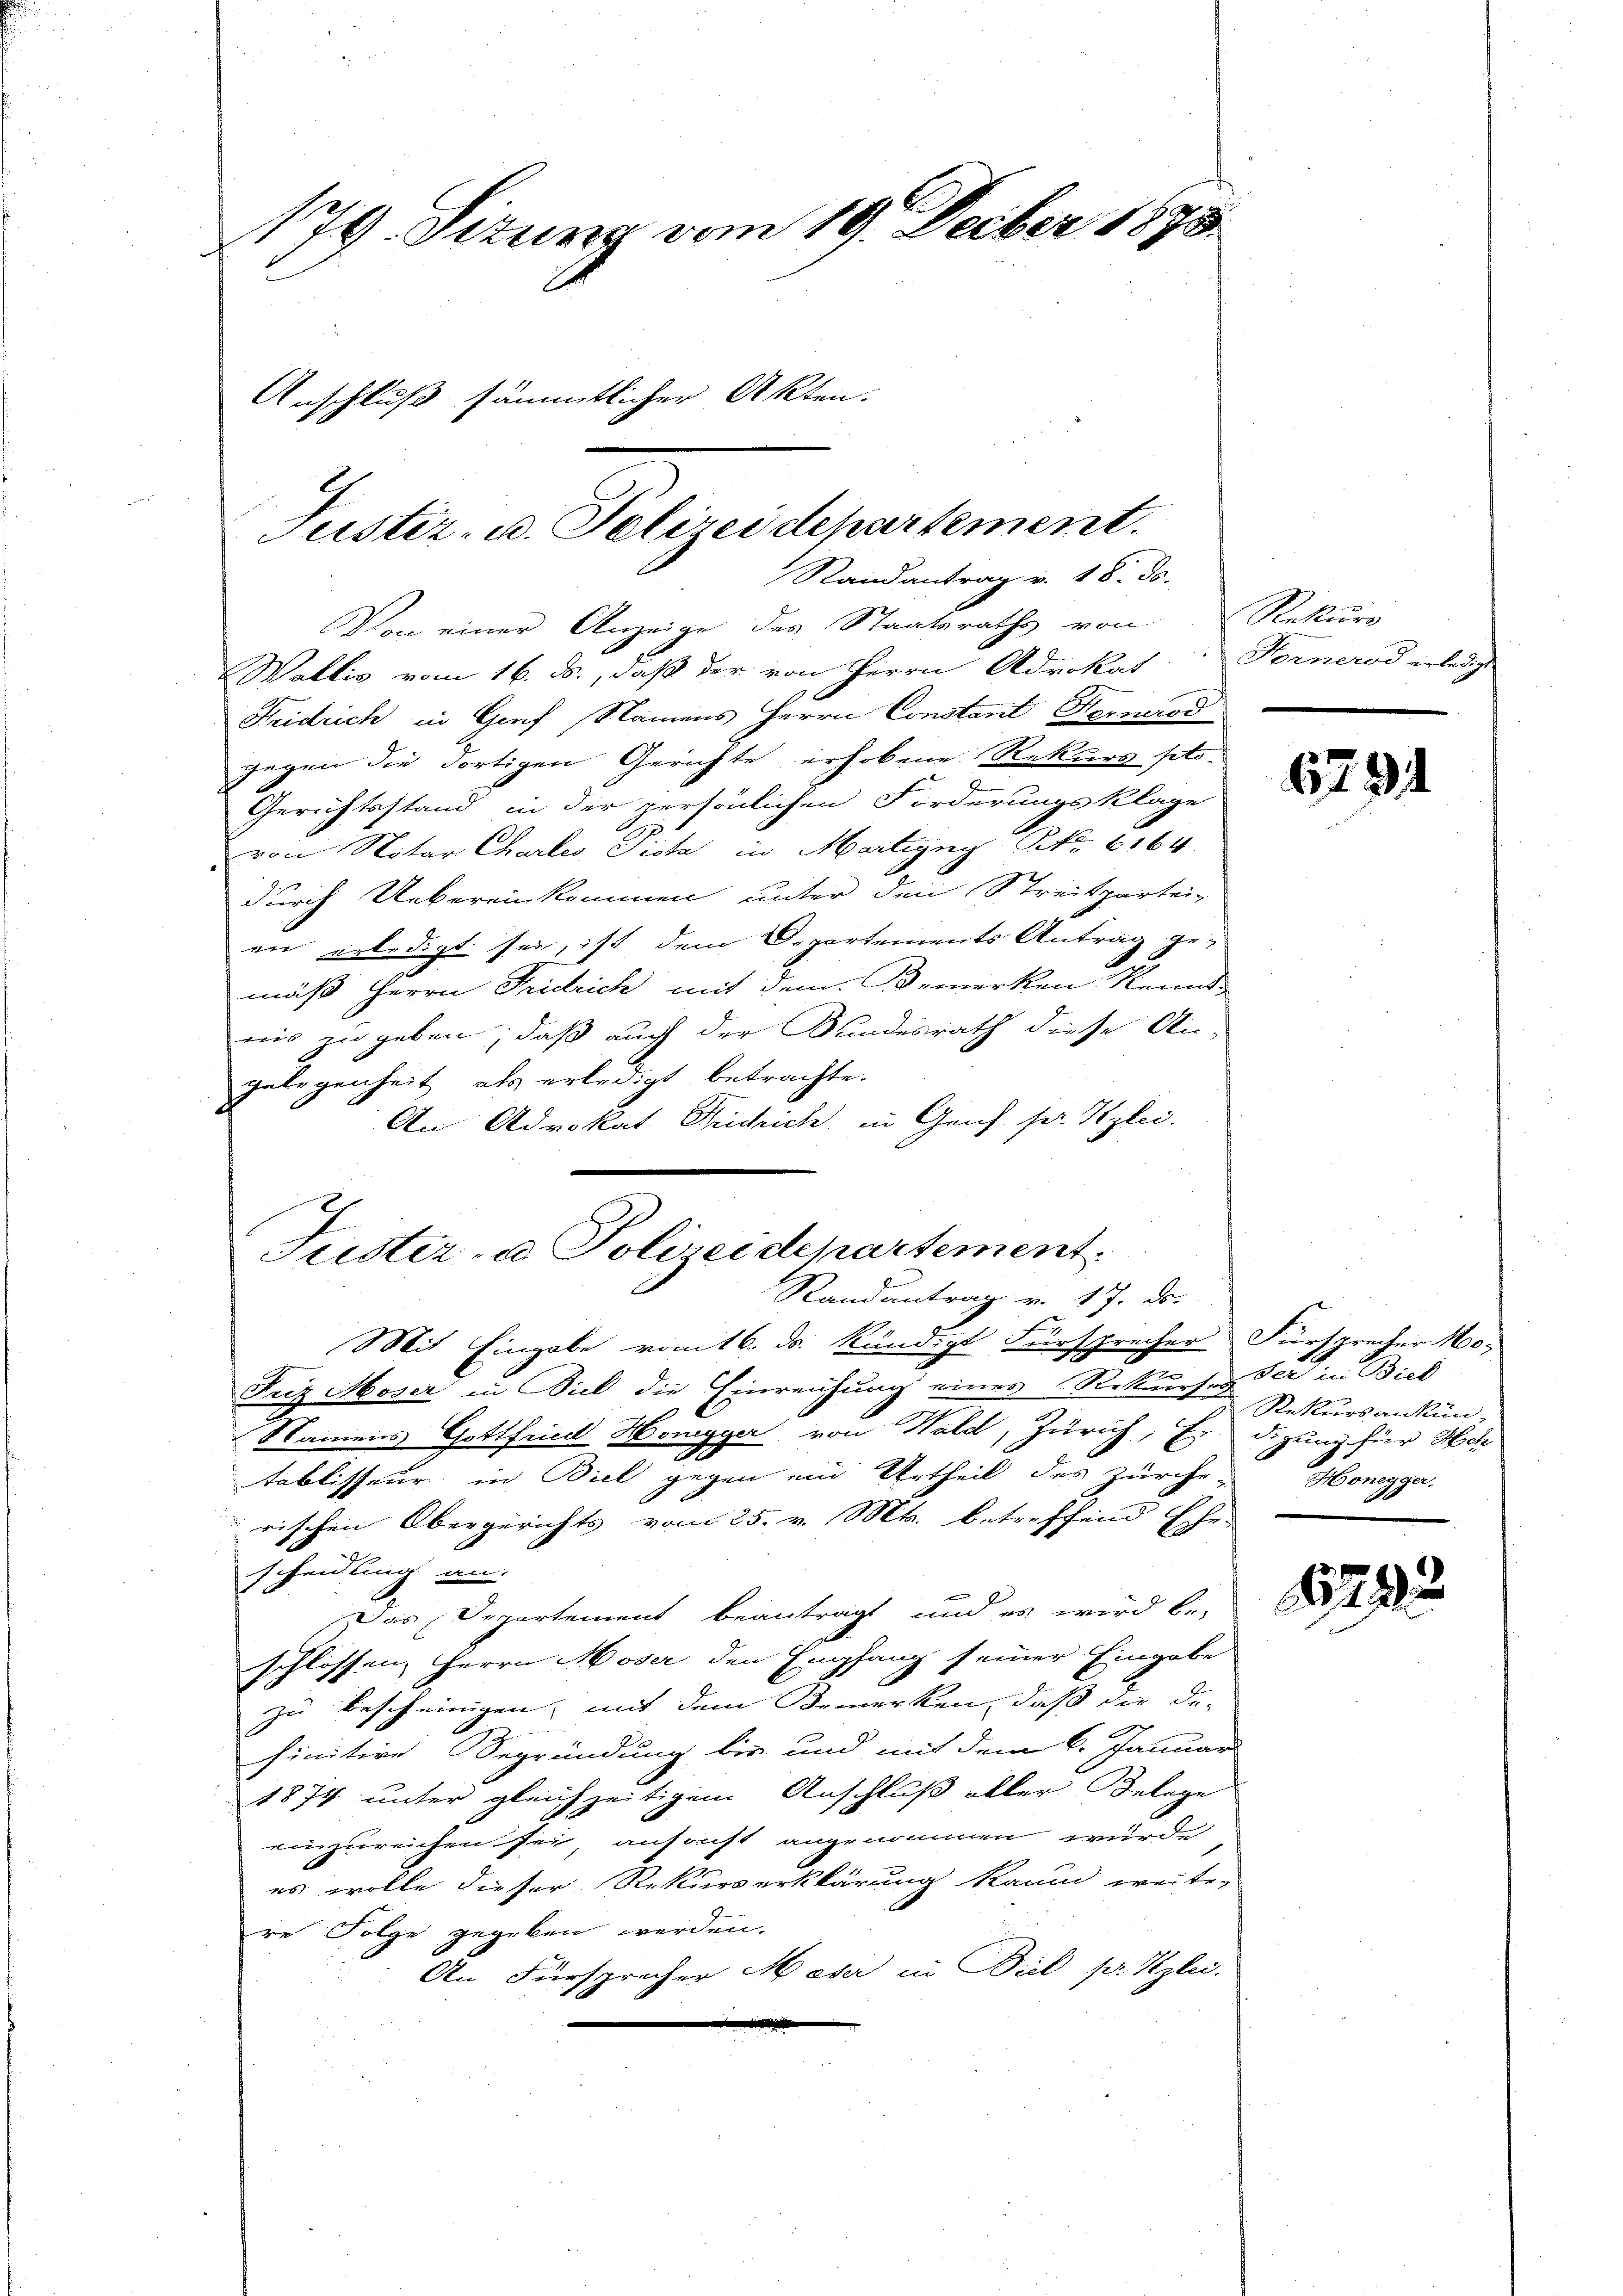
179. Situng vom 19. Decber 1878
Anschluß sämmtlicher Akten.
Justiz- u. Polizeidepartement.

Randantrag v. 18. ds.
Von einer Anzeige des Staatsraths von Rekurs

Wallis vom 16. ds., daß der von Herrn Advokat Fernerod erled
Feidrich in Genf, Namens Herrn Constant Hernrod
gegen die dortigen Gerichte erhobene Rekurs pto¬
Gerichtsstand in der persönlichen Forderungsklage
von Notar Chartes Pista in Martigny Nr. 6164
durch Uebereinkommen unter den Streitpartei-
en erledigt sei, ist dem Departements Antrag ge-
mäß Herrn Fridrich mit dem Bemerken Kenntnis zu geben; daß auch der Bundesrath diese An-
gelegenheit als erledigt betrachte.
An Advokat Reichrich, in Genf pr. Kzlei.
e
Friz Moser in Biel die Einreichung eines Rekurses der in Biel
Namens Gottfried Honegger von Hald, Zürich, Er digung für Hch
tablisseur in Biel gegen ein Urtheil des Zürche - Honegger,
rischen Obergerichts vom 25. v. Mts. betreffend Ehe-
scheidung an
Das Departement beantragt, und es wird be-
schlossen, Herrn Moser den Empfang seiner Eingabe
zu bescheinigen, mit dem Bemerken, daß die de
2
finitive Begründung bis und mit dem 6. Januar
1874 unter gleichzeitigem Anschluß aller Belege
einzureichen sei, ansacht angenommen wurde
es wolle dieser Rekurserklärung kaum weite-
re Folge gegeben werden.
An Fürsprecher Moser in Biel pr Kzlei.

Feister- u Polizeidepartement
Randantrag v. 17. ds.
Mit Eingabe vom 16. ds. Kündigt Fürsprecher Fürsprecher No¬

6734

Rekursankün-

1792